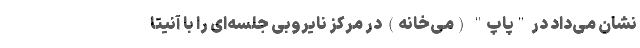
نشان می‌داد در "پاپ" (می‌خانه) در مرکز نایروبی جلسه‌ای را با آنیتا